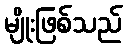
မျိုးဖြစ်သည်